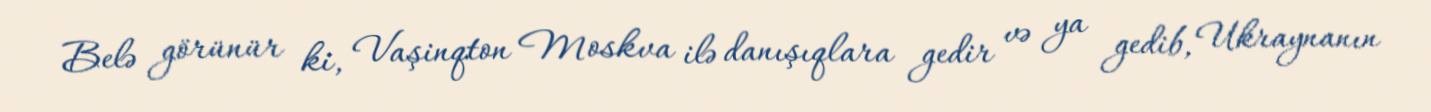
Belə görünür ki, Vaşinqton Moskva ilə danışıqlara gedir və ya gedib, Ukraynanın